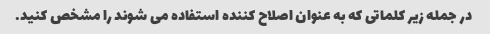
در جمله زیر کلماتی که به عنوان اصلاح کننده استفاده می شوند را مشخص کنید.